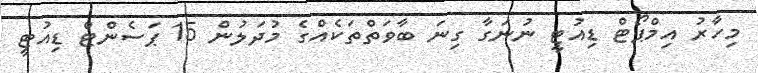
މިހާރު އިމްޕޯޓް ޑިއުޓީ ނުނަގާ ގިނަ ބާވަތްތަކެއްގެ މުދަލުން 15 ޕަސެންޓް ޑިއުޓީ